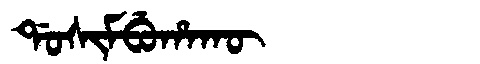
Manchu: ᡩᠣᠰᡳᠮᠪᡠᡥᠠᡴᡡ
Romanization: DOSIMBUHAKŪ